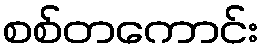
စစ်တကောင်း